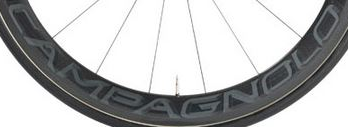
CAMPAGNOLO